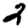
Digit: 2